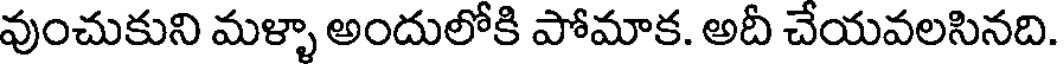
వుంచుకుని మళ్ళా అందులోకి పోమాక. అదీ చేయవలసినది.